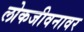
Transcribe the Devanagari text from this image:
लोकजीवनावर